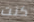
كنت